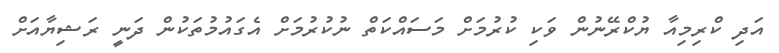
އަދި ކްރިމިއާ ޔުކްރޭނުން ވަކި ކުރުމަށް މަސައްކަތް ނުކުރުމަށް އެގައުމުތަކުން ދަނީ ރަޝިޔާއަށް